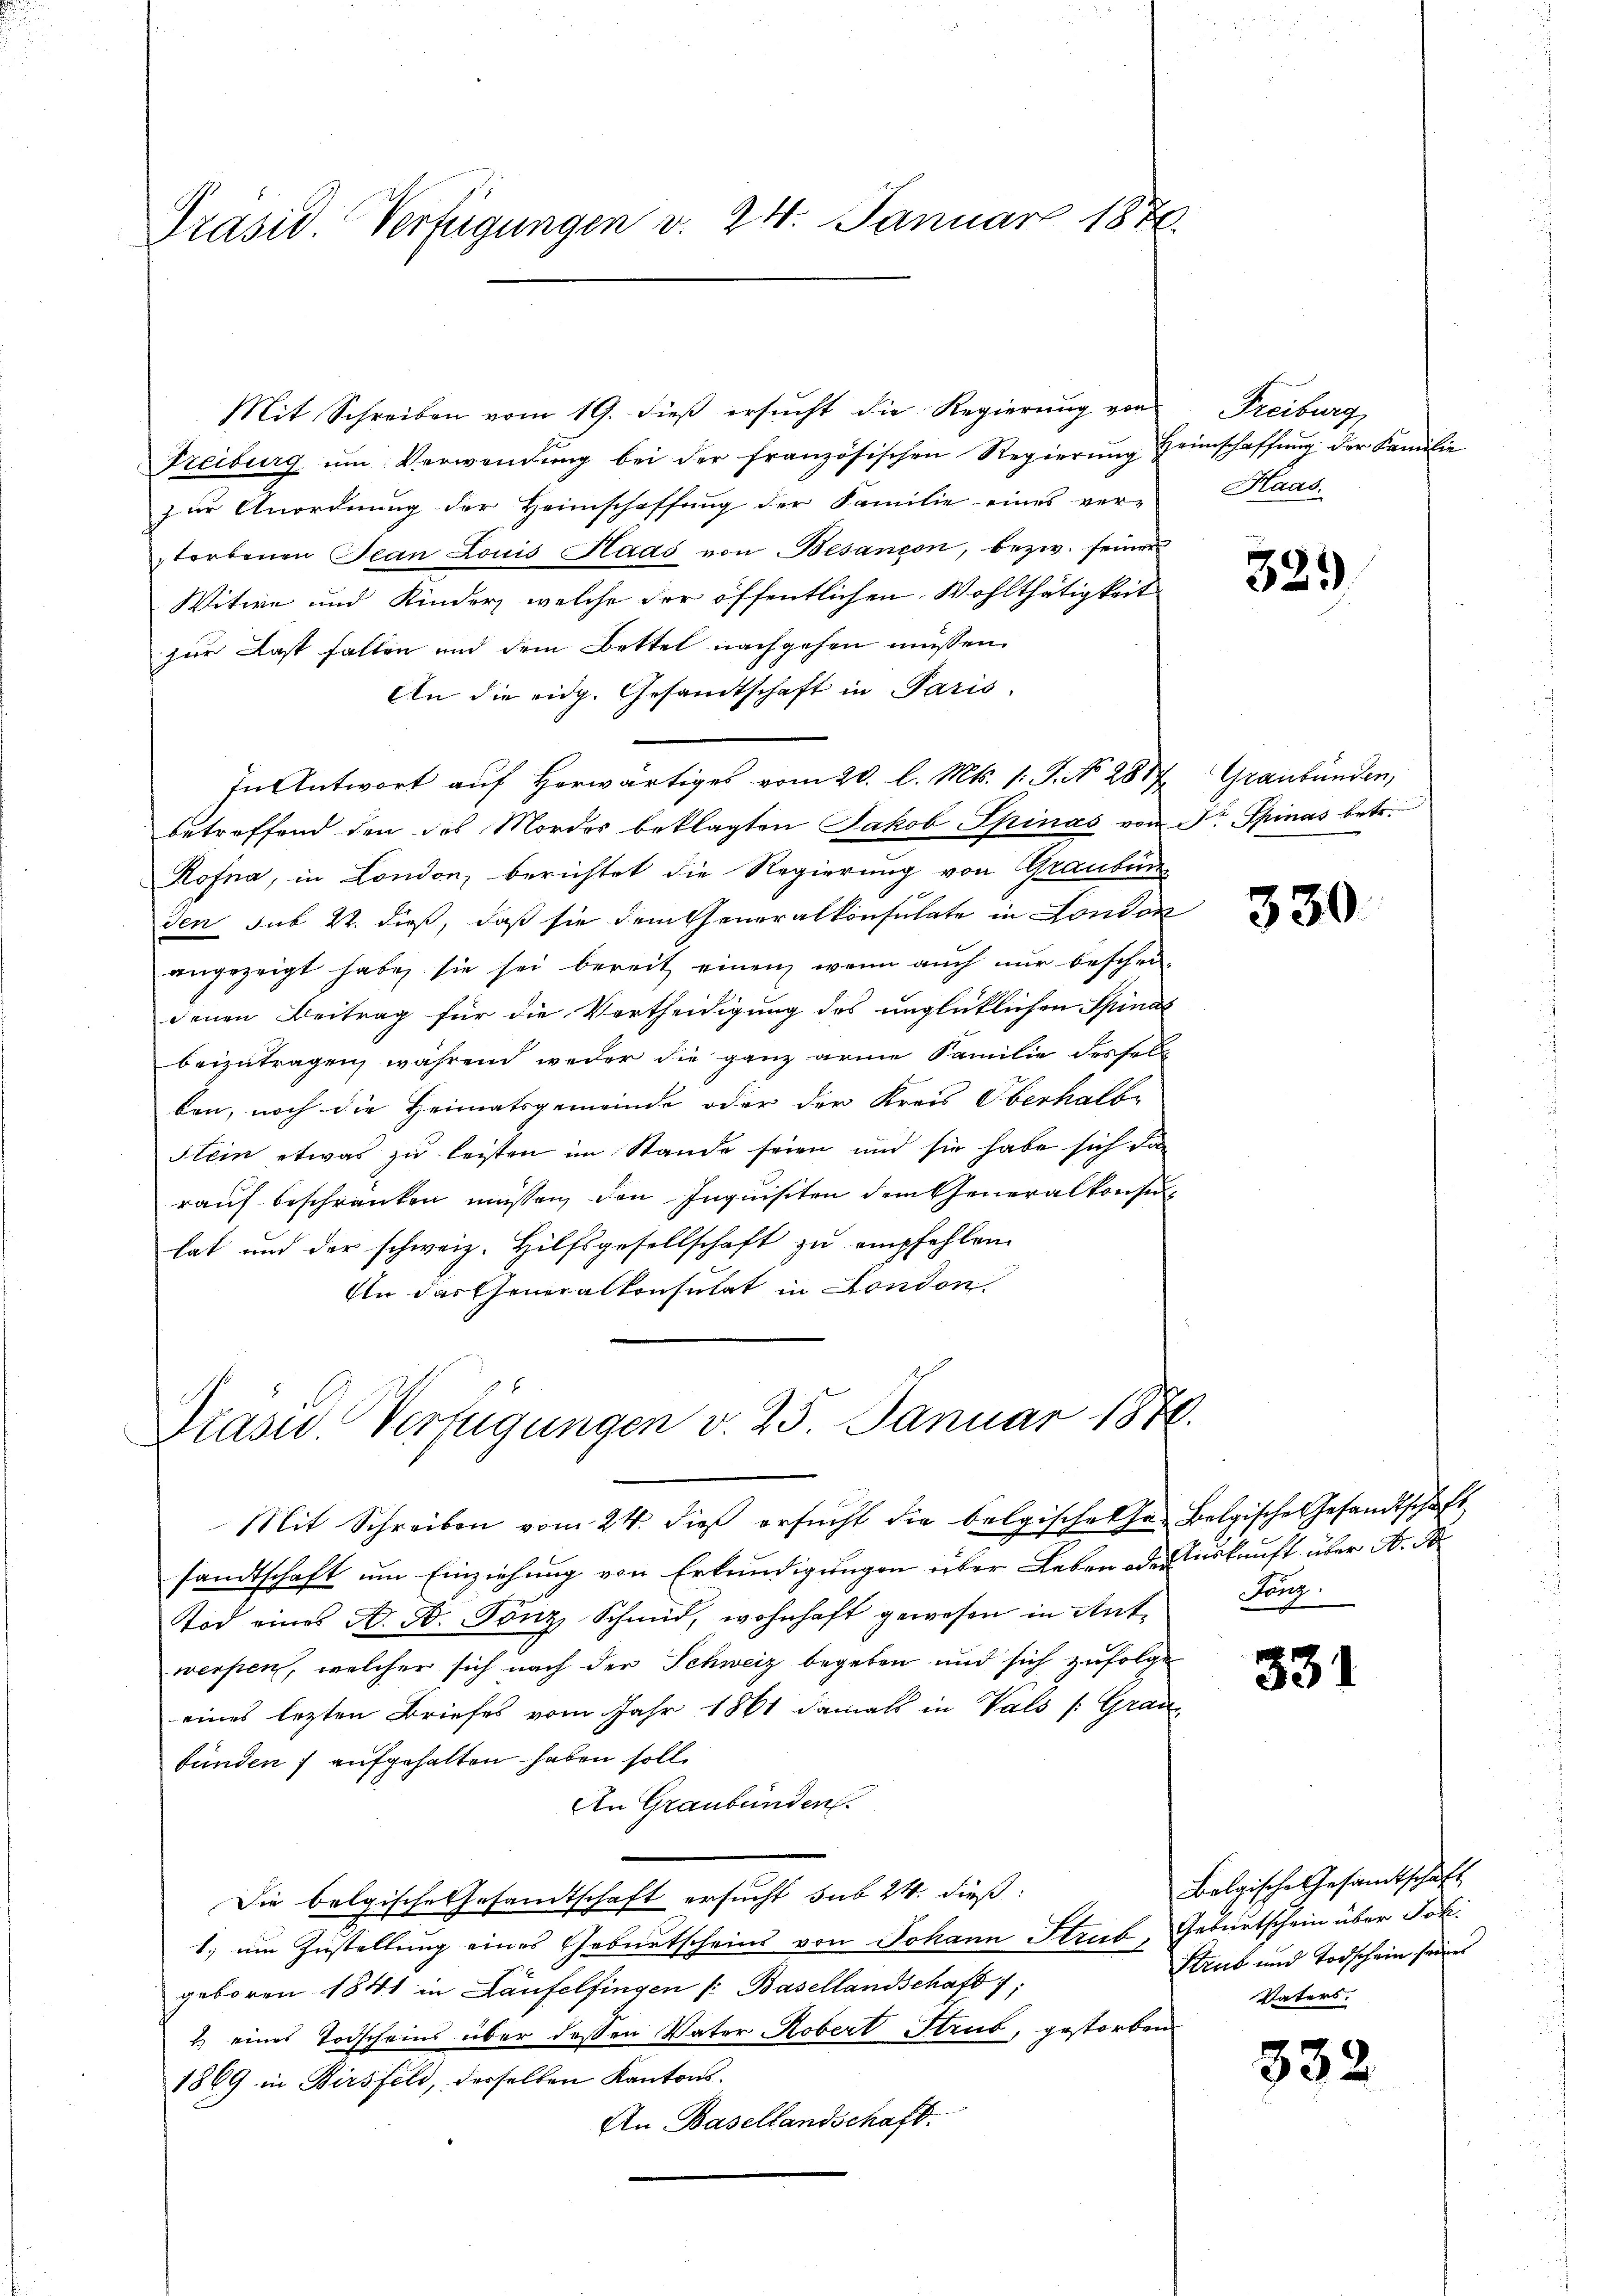
Präsid. Verfügungen v. 24. Januar 1870.

Freiburg ŭm Verwendŭng bei der französischen Regierŭng Heimschaffŭng der Familie
zur Anordnung der Heimschaffung der Familie eines ver-
storbenen Jean Louis Haas von Besançon, bezw. seiner
Witwe und Kinder, welche der öffentlichen Wohlthätigkeit
zur Last falten und dem Bettel nachgehen müssen.
An die eidg. Gesandtschaft in Paris.
In Antwort auf Herwärtiges vom 20. l. Mts. /: P. No. 2817, Graubünden,
betreffend den des Mordes beklagten Jakob Spinas von Fr. Spinas betr.
Rofna, in London, berichtet die Regierung von Graubün
den sub 22. dieß, daß sie dem Generalkonsulate in London
angezeigt habe, sie sei bereit einen wenn auch nur beschei-
denen Beitrag für die Vertheidigung des unglücklichen Spinat
beizutragen, während weder die ganz arme Familie dessel
ben, noch die Heimatsgemeinde oder der Kreis Oberhalbe
Stein etwas zu leisten im Stande seien und sie habe sich dan
rauf beschränken müssen, den Inquisiten dem Generalkonsuhat und der schweiz. Hilfsgesellschaft zu empfehlen.
In das Generalkonsulat in London.

Mit Schreiben vom 19. dieβ ersŭcht die Regierŭng von

Präsid.. Verfügungen v. 25. Januar 1870.

Freiburg
Haas.

Mit Schreiben vom 24. dieß ersucht die belgischehen Belgische Gesandtschaft
sandtschaft um Einziehung von Erkundigungen über Leben oder Auskunft über A. S
Tod eines A. A. Tönz Schmid, wohnhaft gewesen in Ant-
werfen, welcher sich nach der Schweiz begeben und sich zufolge
eines lezten Briefes vom Jahr 1861 damals in Vals /: Grau
fänden 7 aufgehalten haben solle
An Graubünden.
Die belgische Gesamtschaft ersucht sub 24. dieß:
1. um Zustellung eines Geburtscheind von Johann Streib, Geburtschein über Joh.
geboren 1841 in Laufelfingen /: Basellandschaft 1,
2) eines Todscheins über dessen Vater Robert Strub, gestorben
1869 in Birsfeld, derselben Kantons-
An Basellandschaft.

339

330

ang.

331

Bolgische Gesandtschaft
Strub und Todschein seines
Vaters.

532.